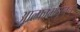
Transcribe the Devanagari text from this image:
आल्फामधूनच